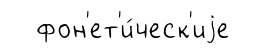
фон'ет'и́ческ'иjе